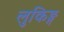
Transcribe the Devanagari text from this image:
लुकिङ्ग